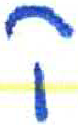
אות: ק